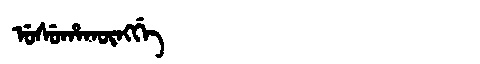
Manchu: ᡠᠰᡠᡥᠠᡴᡡᠩᡤᡝ
Romanization: USUHAKŪNGGE